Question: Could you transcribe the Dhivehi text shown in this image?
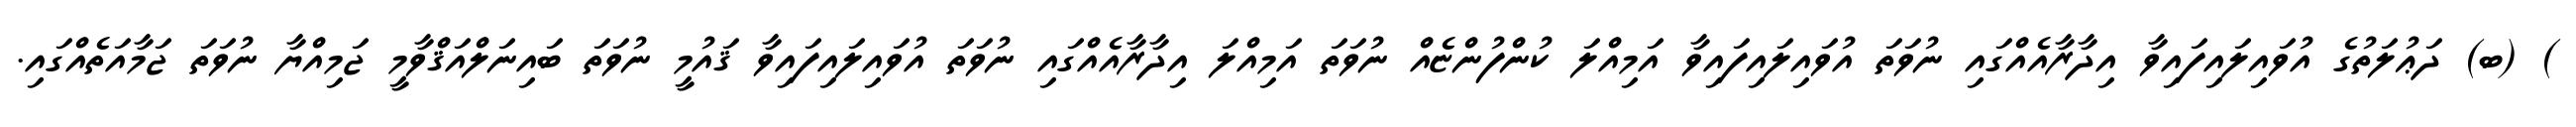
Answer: ) (ބ) ދަޢުލަތުގެ އުވައިލައިފައިވާ އިދާރާއެއްގައި ނުވަތަ އުވައިލައިފައިވާ އަމިއްލަ ކުންފުންޏެއް ނުވަތަ އަމިއްލަ އިދާރާއެއްގައި ނުވަތަ އުވައިލައިފައިވާ ޤައުމީ ނުވަތަ ބައިނަލްއަޤްވާމީ ޖަމިއްޔާ ނުވަތަ ޖަމާއަތެއްގައި.